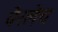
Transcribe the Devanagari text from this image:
पेरलेच